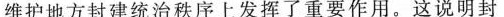
维护地方封建统治秩序上发挥了重要作用。这说明封